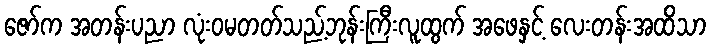
ဇော်က အတန်းပညာ လုံးဝမတတ်သည့်ဘုန်းကြီးလူထွက် အဖေနှင့် လေးတန်းအထိသာ